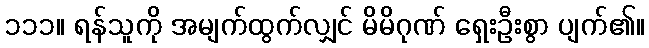
၁၁၁။ ရန်သူကို အမျက်ထွက်လျှင် မိမိဂုဏ် ရှေးဦးစွာ ပျက်၏။